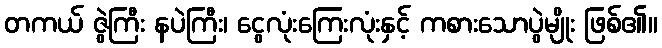
တကယ် ဇွဲကြီး နပဲကြီး၊ ငွေလုံးကြေးလုံးနှင့် ကစားသောပွဲမျိုး ဖြစ်၏။